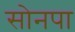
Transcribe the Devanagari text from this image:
सोनपा